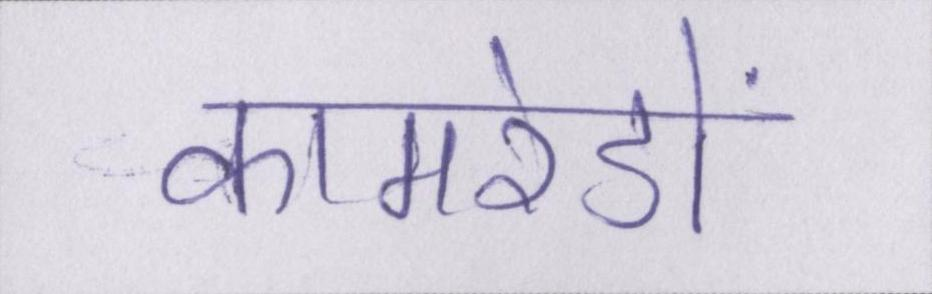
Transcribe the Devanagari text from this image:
कामरेडों